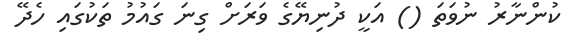
ކުންނާރު ނުވަތަ () އަކީ ދުނިޔޭގެ ވަރަށް ގިނަ ގައުމު ތަކުގައި ހެދޭ